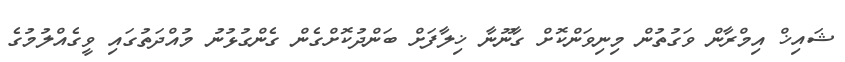
ޝައިޚް އިމްރާން ވަގުތުން މިނިވަންކޮށް ގާނޫނާ ޚިލާފަށް ބަންދުކޮށްގެން ގެންގުޅުނު މުއްދަތުގައި ވީގެއްލުމުގެ